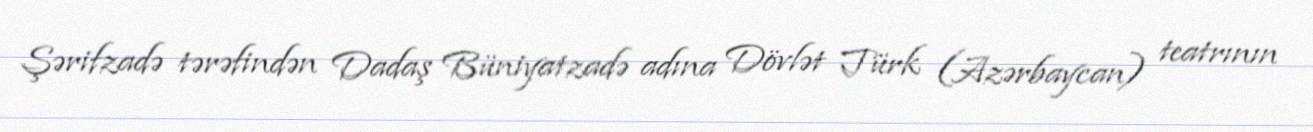
Şərifzadə tərəfindən Dadaş Büniyatzadə adına Dövlət Türk (Azərbaycan) teatrının